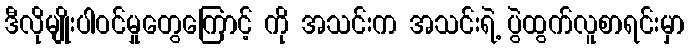
ဒီလိုမျိုးပါဝင်မှုတွေကြောင့် ကို အသင်းက အသင်းရဲ့ ပွဲထွက်လူစာရင်းမှာ